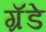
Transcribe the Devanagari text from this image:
ग्रॅंडे